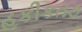
હકીકત૭